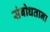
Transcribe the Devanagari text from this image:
संबोधताना